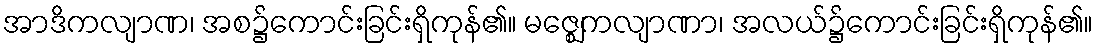
အာဒိကလျာဏ၊ အစ၌ကောင်းခြင်းရှိကုန်၏။ မဇ္ဈေကလျာဏာ၊ အလယ်၌ကောင်းခြင်းရှိကုန်၏။